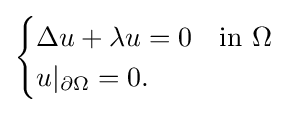
{\begin{cases}\Delta u+\lambda u=0&{\rm {{in\ }\Omega }}\\u|_{\partial \Omega }=0.&\end{cases}}